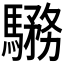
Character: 𩥎